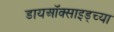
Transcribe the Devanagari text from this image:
डायऑक्साइड्च्या